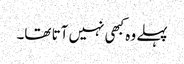
پہلے وہ کبھی نہیں آتا تھا۔